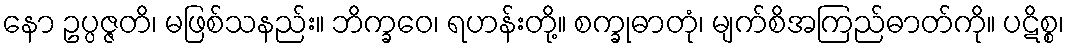
နော ဥပ္ပဇ္ဇတိ၊ မဖြစ်သနည်း။ ဘိက္ခဝေ၊ ရဟန်းတို့။ စက္ခုဓာတုံ၊ မျက်စိအကြည်ဓာတ်ကို။ ပဋိစ္စ၊